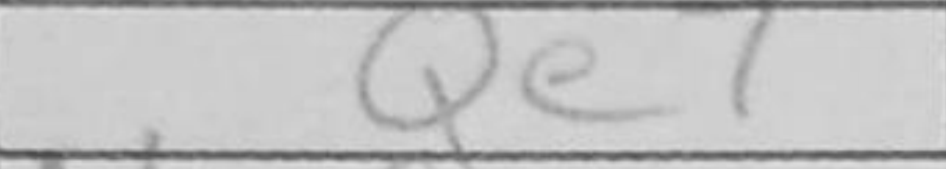
Transcription: Qe7